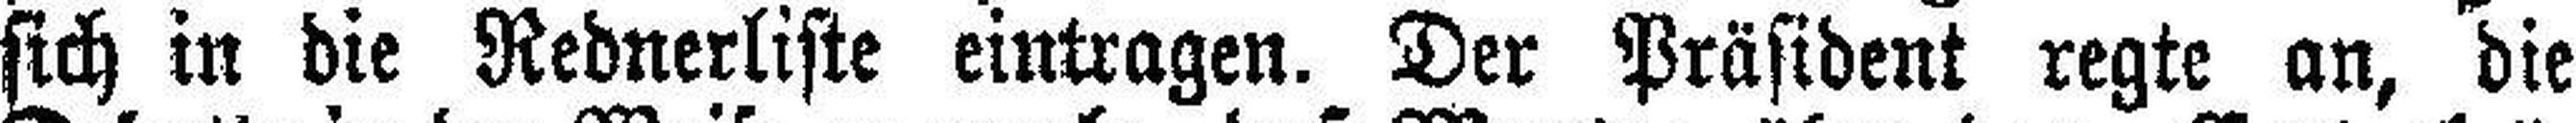
sich in die Rednerliste eintragen. Der Präsident regte an, die